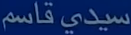
سيدي-قاسم